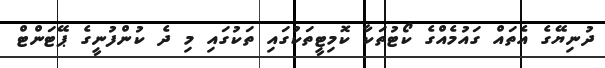
ދުނިޔޭގެ އެތައް ގައުމެއްގެ ކޯޓުތަކާ ކޮމިޓީތަކުގައި ތަކުގައި މި ދެ ކުންފުނީގެ ޕޭޓަންޓް